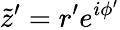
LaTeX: \tilde{z}^{\prime}=r^{\prime}e^{i\phi^{\prime}}